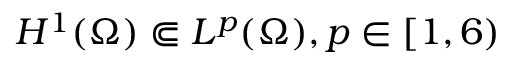
H ^ { 1 } ( \Omega ) \Subset L ^ { p } ( \Omega ) , p \in [ 1 , 6 )